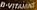
B-VITAMEN